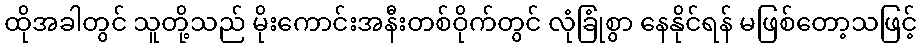
ထိုအခါတွင် သူတို့သည် မိုးကောင်းအနီးတစ်ဝိုက်တွင် လုံခြုံစွာ နေနိုင်ရန် မဖြစ်တော့သဖြင့်